画像に写った文字を読んでください
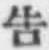
「吿」と書いてあります